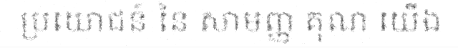
ប្រយោជន៍ នៃ សាមញ្ញ គុណ យើង